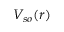
V _ { s o } ( r )